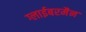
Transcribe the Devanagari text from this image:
ग्लाईबरमैन